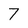
Character: 7